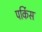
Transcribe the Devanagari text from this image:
पर्किस